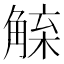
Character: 𧤇